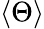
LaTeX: \langle\Theta\rangle